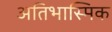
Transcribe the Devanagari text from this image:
अतिभास्मिक